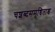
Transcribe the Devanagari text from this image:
चशब्दसमुच्चिताश्च